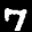
Label: 7